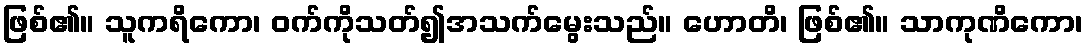
ဖြစ်၏။ သူကရိကော၊ ဝက်ကိုသတ်၍အသက်မွေးသည်။ ဟောတိ၊ ဖြစ်၏။ သာကုဏိကော၊